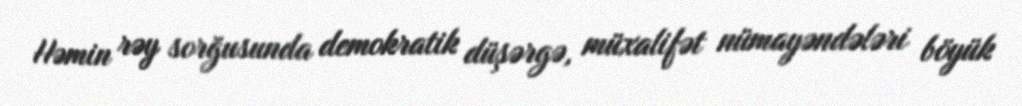
Həmin rəy sorğusunda demokratik düşərgə, müxalifət nümayəndələri böyük